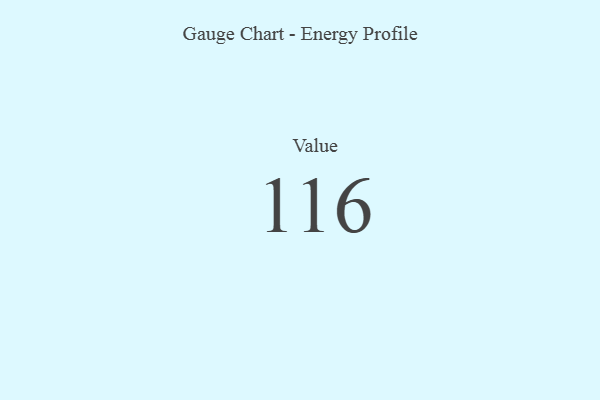
{"axis": {"x": "Metric", "y": "Value"}, "legend": [""], "data": [{"x": "Value", "y": 116, "type": ""}]}